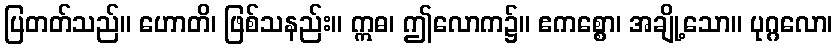
ပြတတ်သည်။ ဟောတိ၊ ဖြစ်သနည်း။ ဣဓ၊ ဤလောက၌။ ဧကစ္စော၊ အချို့သော။ ပုဂ္ဂလော၊